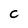
Character: C